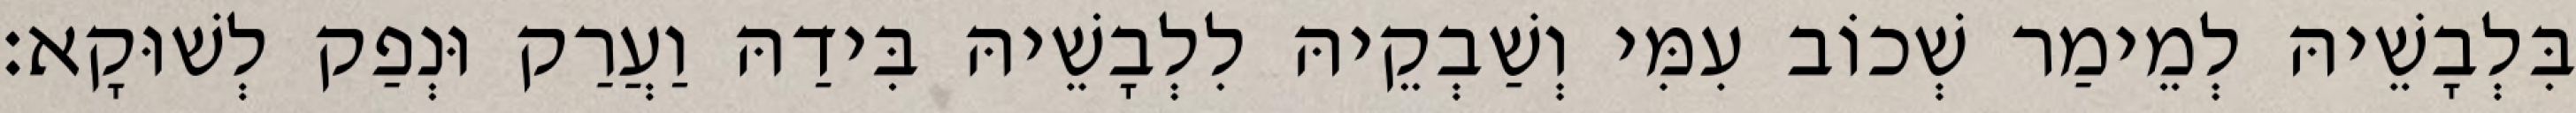
בִּלְבָשֵׁיהּ לְמֵימַר שְׁכוֹב עִמִּי וְשַׁבְקֵיהּ לִלְבָשֵׁיהּ בִּידַהּ וַעֲרַק וּנְפַק לְשׁוּקָא׃